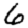
Digit: 6